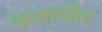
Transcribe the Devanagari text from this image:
जमावीत